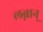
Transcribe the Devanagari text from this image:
लब्नान्